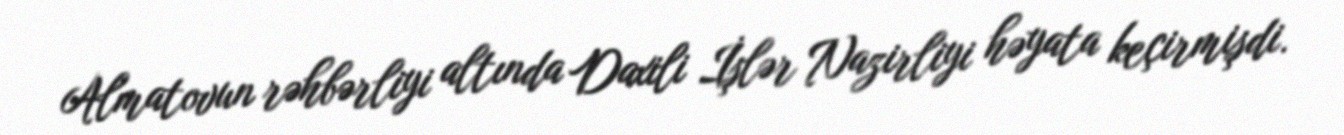
Almatovun rəhbərliyi altında Daxili İşlər Nazirliyi həyata keçirmişdi.